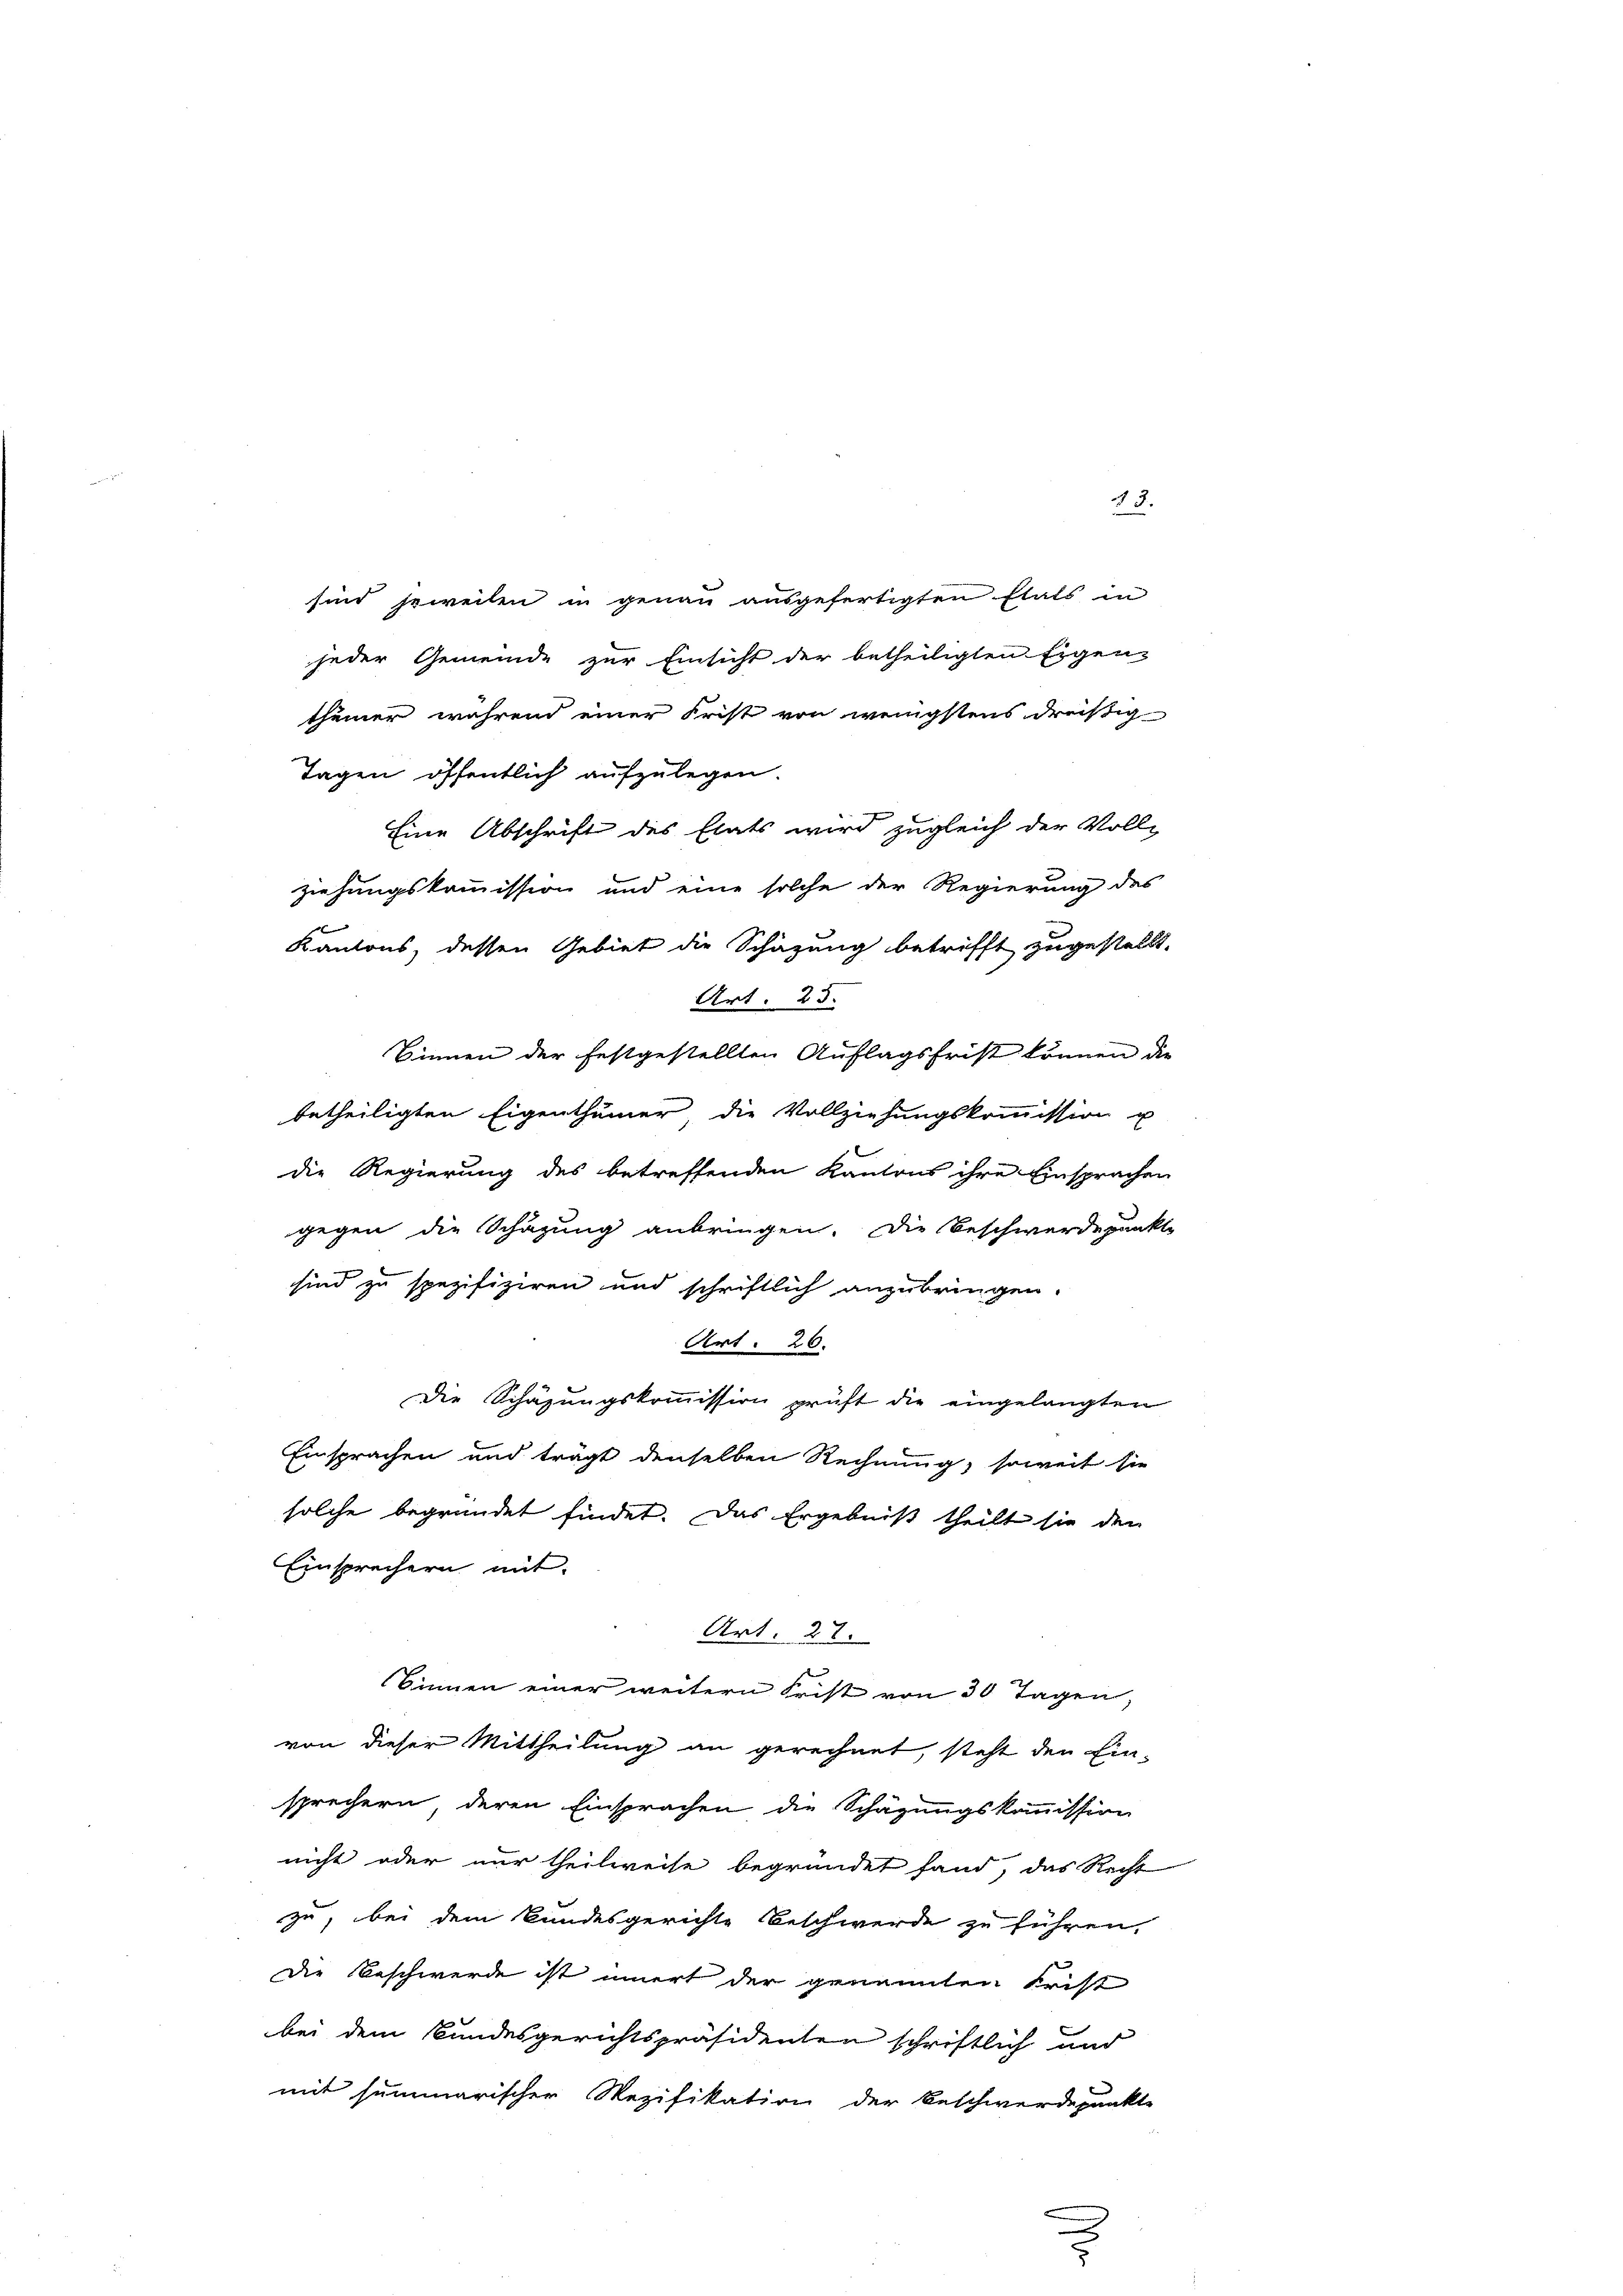
43.
sind jeweilen in genau ausgefertigten Etats in
jeder Gemeinde zur Einsicht der betheiligten Eigen-
thümer während einer Frist von wenigstens dreistig
betheiligten Eigenthümer die Vollziehungskommission u
die Regierung des betreffenden Kantons ihre Einsprachen
gegen die Schazung anbringen. Die Beschwerdepunkte
sind zu spezifiziren und schriftlich anzubringen.
Art. 26.
Die Schazungskommission prüft die eingelangten
Einsprachen und trägt denselben Rechnung, soweit sie
solche begründet findet. Das Ergebniß theilt sie den
Einsprechern mit
Art. 27.
Binnen einer weitern Frist von 30 Tagen,
von dieser Mittheilung an gerechnet, steht den Ein-
sprechern deren Einsprachen die Schägungskommission
nicht oder nur theilweise begründet fand, das Recht
zu, bei dem Bundesgerichte Beschwerde zu führen,
Die Beschwerde ist innert der genannten Frist
bei dem Bundesgerichtspräsidenten schriftlich und
mit summarischer Rezifikation der Beschwerdepunkte

Tagen öffentlich aufzulegen.
Eine Abschrift des Etats wird zugleich der Vollz
ziehungskommission und eine solche der Regierung des
Kantons, dessen Gebiet die Schazung betrifft zugestellt.
Art. 25.
Sinnen der festgestellten Auflagsfrist können die